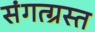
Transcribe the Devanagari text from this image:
संगत्ग्रस्त